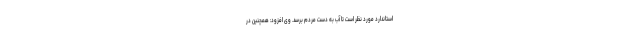
استاندارد مورد نظر است تا آب به دست مردم برسد. وی افزود: همچنین در